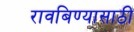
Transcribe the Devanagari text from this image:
रावबिण्यासाठी